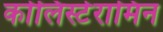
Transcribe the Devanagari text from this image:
कोलिस्टेरामिन